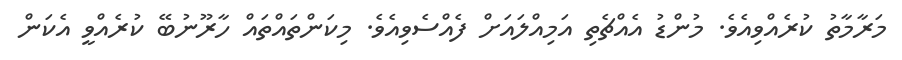
މަރާމާތު ކުރެއްވިއެވެ. މުންޑު އެއްޗެތި އަމިއްލައަށް ފެއްސެވިއެވެ. މިކަންތައްތައް ހާރޫނުބޭ ކުރެއްވީ އެކަން